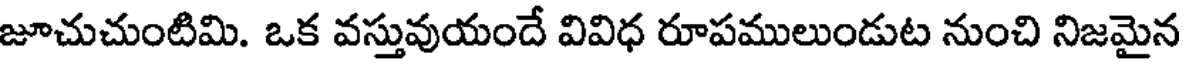
జూచుచుంటిమి. ఒక వస్తువుయందే వివిధ రూపములుండుట నుంచి నిజమైన